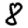
Digit: 8